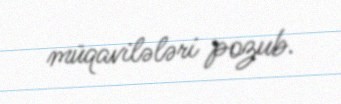
müqavilələri pozub.